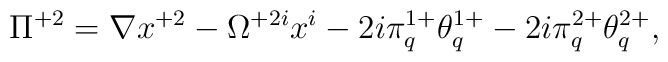
\Pi^{+2}=\nabla x^{+2}-\Omega^{+2i}x^i-2i\pi^{1+}_q\theta^{1+}_q-2i\pi^{2+}_{q}\theta^{2+}_{q},